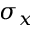
\sigma _ { x }